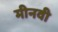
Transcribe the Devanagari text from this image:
मीनवी